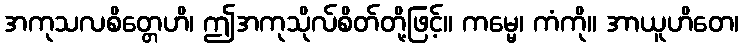
အကုသလစိတ္တေဟိ၊ ဤအကုသိုလ်စိတ်တို့ဖြင့်။ ကမ္မေ၊ ကံကို။ အာယူဟိတေ၊